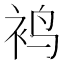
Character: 𬡍